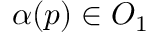
\alpha ( p ) \in O _ { 1 }